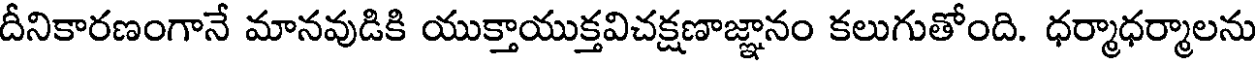
దీనికారణంగానే మానవుడికి యుక్తాయుక్తవిచక్షణాజ్ఞానం కలుగుతోంది. ధర్మాధర్మాలను